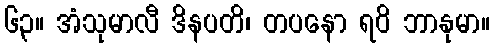
၆၃။ အံသုမာလီ ဒိနပတိ၊ တပနော ရဝိ ဘာနုမာ။